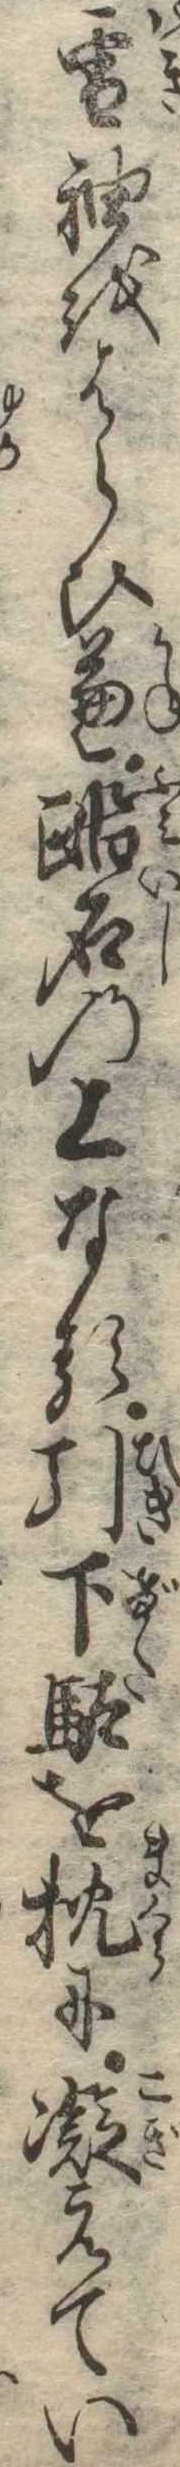
雪袖をはらひ兼踏石の上なる引下駄を枕に凝えてい